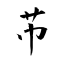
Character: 芇